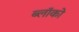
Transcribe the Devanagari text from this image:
ब्लॉको